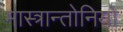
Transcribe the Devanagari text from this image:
मास्त्रान्तोनियो